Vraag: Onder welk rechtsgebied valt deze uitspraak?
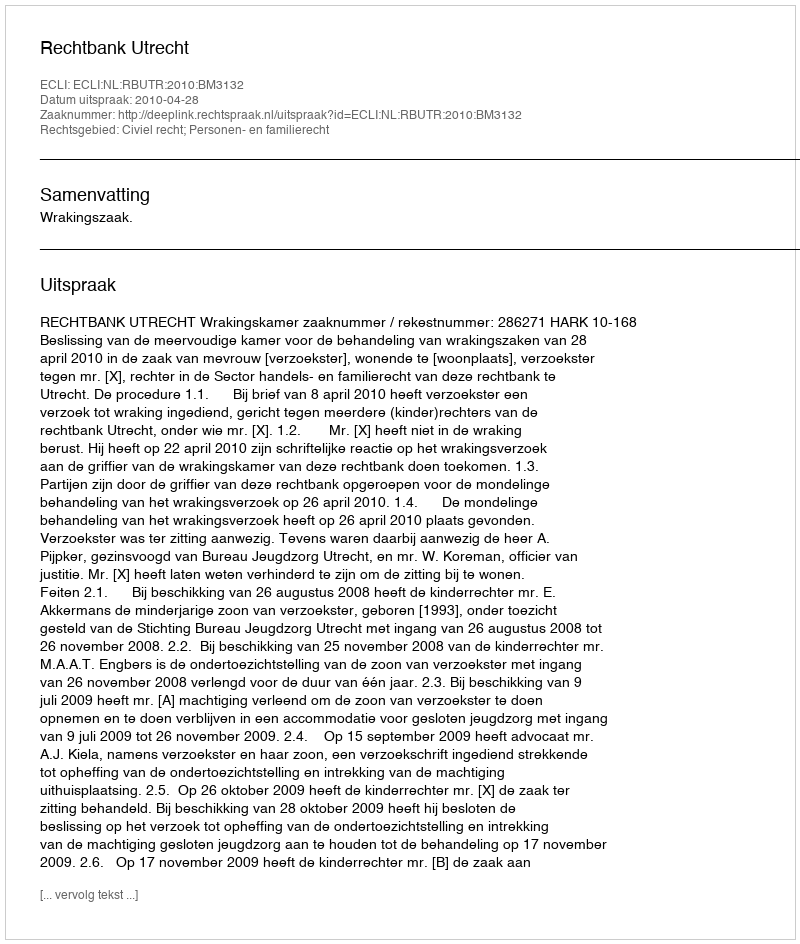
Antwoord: Civiel recht; Personen- en familierecht